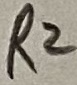
Text: R2